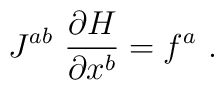
J^{ab}\  \frac{\partial H}{\partial x^b} = f^a\ .